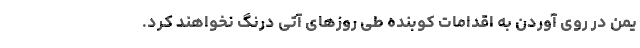
یمن در روی آوردن به اقدامات کوبنده طی روزهای آتی درنگ نخواهند کرد.